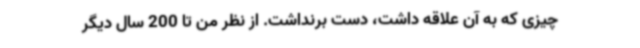
چیزی که به آن علاقه داشت، دست برنداشت. از نظر من تا 200‌ سال دیگر